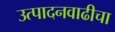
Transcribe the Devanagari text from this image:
उत्पादनवाढीचा